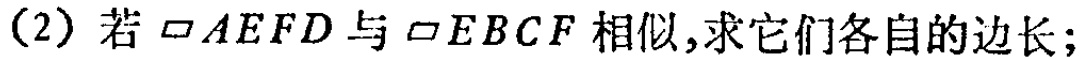
(2) 若 $\square AEFD$ 与 $\square EBCF$ 相似,求它们各自的边长;